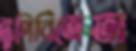
টুপিবিক্রেতা